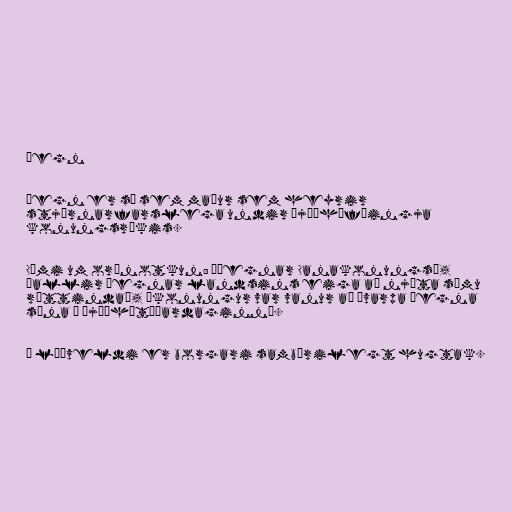
Þegn

Þegn er sá sem maður sem heyrir
stjórnarfarslega undir þjóðhöfðingja
konungsríkis.

Dæmi um orðnotkun: „þegnar Danakonungs“,
„allir þegnar landsins eiga að njóta sömu
réttinda“, „konungur var vanur að ávarpa þegna
sína á þjóðhátíðardaginn“.

Í lýðveldi er borgari sambærilegt hugtak.